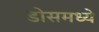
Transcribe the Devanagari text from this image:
डोसमध्ये